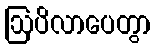
ဩပိလာပေတွာ